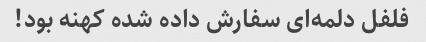
فلفل دلمه‌ای سفارش داده شده کهنه بود!